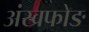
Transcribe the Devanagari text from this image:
अंखफोङ